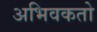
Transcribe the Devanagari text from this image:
अभिवकतो